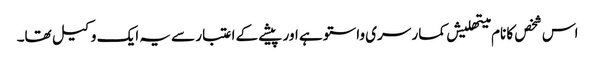
اس شخص کا نام میتھلیش کمار سری واستو ہے اور پیشے کے اعتبار سے یہ ایک وکیل تھا۔